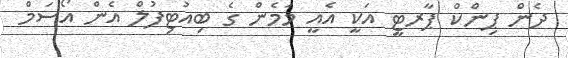
ދެން ޕިންކް ޕާރޓީ އަކީ އެއީ މަމެން ގެ ބިއުޓިފުލް އެން އޯސަމް